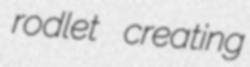
rodlet creating